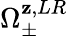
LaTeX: \Omega_{\pm}^{\mathbf{z},LR}